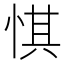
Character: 㥍